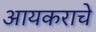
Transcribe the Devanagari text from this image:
आयकराचे